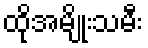
ထိုအမျိုးသမီး